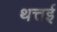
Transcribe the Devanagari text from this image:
थत्तई